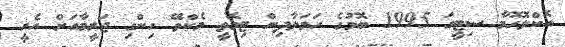
އޮކްލޮހޮމާ ސިޓީގަ 1995 ބޮމުގެ ހަމަލާދިން ޓިމޮތީ މެކްވޭ ހިންގި ޖަރީމާއަށް އެއީ